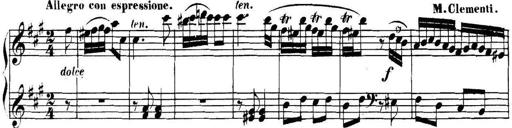
Title: Collected Piano Sonatas
Composer: Muzio Clementi